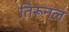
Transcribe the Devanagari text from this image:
तिरूनल